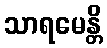
သာရမေန္တိ